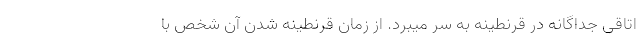
اتاقی جداگانه در قرنطینه به سر میبرد. از زمان قرنطینه شدن آن شخص با